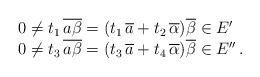
LaTeX: \begin{align*} \begin{array}{l} 0\neq t_1\,\overline{a\beta} = (t_1\,\overline a+ t_2\,\overline{\alpha}) \overline \beta\in E'\\ 0\neq t_3\,\overline{a\beta} = (t_3\,\overline a+ t_4\,\overline \alpha)\overline \beta\in E''\,. \end{array} \end{align*}